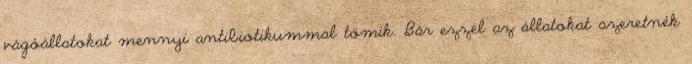
vágóállatokat mennyi antibiotikummal tömik. Bár ezzel az állatokat szeretnék